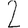
Digit: 2